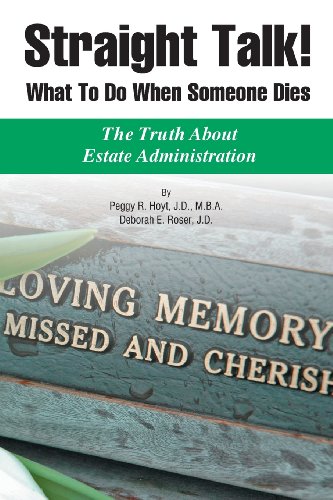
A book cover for Straight Talk! What to Do When Someone Dies; Deborah E. Roser; Law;